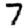
Digit: 7